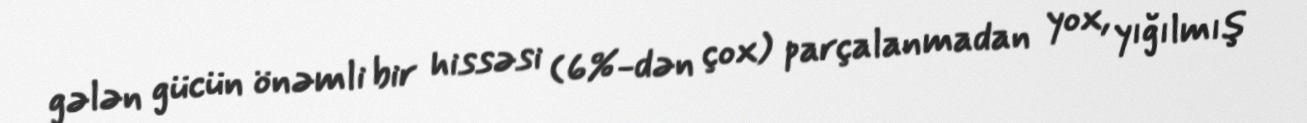
gələn gücün önəmli bir hissəsi (6%-dən çox) parçalanmadan yox, yığılmış